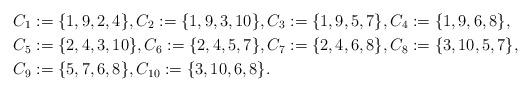
LaTeX: \begin{align*}&C_1:=\{ 1,9,2,4\},C_2:=\{ 1,9,3, 10\},C_3:=\{ 1,9,5, 7\},C_4:=\{ 1,9,6,8\},\\&C_5:=\{ 2,4,3, 10\}, C_6:=\{ 2,4,5, 7\},C_7:=\{ 2,4,6, 8\},C_8:=\{ 3, 10,5, 7\},\\&C_9:=\{5, 7,6,8\},C_{10}:=\{ 3, 10,6, 8\}.\end{align*}